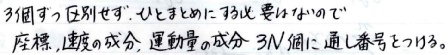
3個ずつ区別する．以下の図において，要は16の0と
座標，速度の成分，運動量の成分を3N個ずつ通し番号をつける．